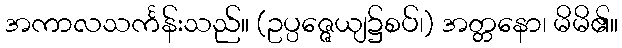
အကာလသင်္ကန်းသည်။ (ဥပ္ပဇ္ဇေယျ၌စပ်၊) အတ္တနော၊ မိမိ၏။